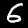
Digit: 6